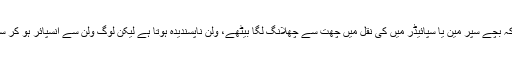
کتنی خبریں آتی ہیں کہ بچے سپر مین یا سپائیڈر میں کی نقل میں چھت سے چھلانگ لگا بیٹھے، ولن ناپسندیدہ ہوتا ہے لیکن لوگ ولن سے انسپائر ہو کر سموکنگ کرنے لگے۔